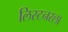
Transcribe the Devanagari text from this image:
लिस्टनरला